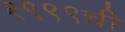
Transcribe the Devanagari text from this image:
१९९९ची